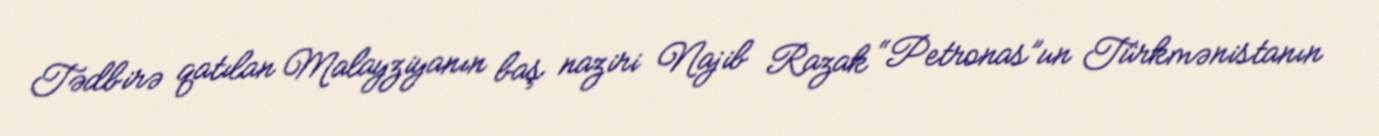
Tədbirə qatılan Malayziyanın baş naziri Najib Razak “Petronas”un Türkmənistanın